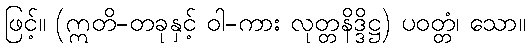
ဖြင့်။ (ဣတိ-တခုနှင့် ဝါ-ကား လုတ္တနိဒ္ဒိဋ္ဌ) ပဝတ္တံ၊ သော။